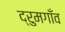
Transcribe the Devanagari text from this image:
द्रुमगाँव